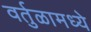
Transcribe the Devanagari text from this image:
वर्तुळामध्ये